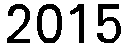
2015